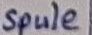
Text: Spule